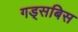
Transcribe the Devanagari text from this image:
गड्सबिस